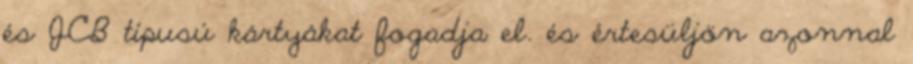
és JCB típusú kártyákat fogadja el. és értesüljön azonnal